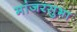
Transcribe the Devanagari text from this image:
मांजरसुभा